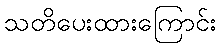
သတိပေးထားကြောင်း